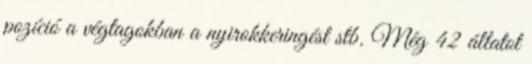
pozíció a végtagokban a nyirokkeringést stb. Még 42 állatot